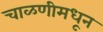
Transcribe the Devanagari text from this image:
चाळणीमधून